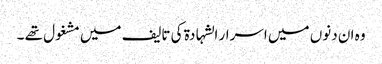
وہ ان دنوں میں اسرار الشہادۃ کی تالیف میں مشغول تھے ۔